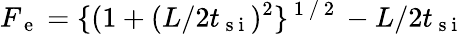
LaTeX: F_{\mathrm{~e~}}=\{ (1+(L/2t_{\mathrm{~s~i~}})^{2}\} ^{\mathrm{~1~/~2~}}-L/2t_{\mathrm{~s~i~}}